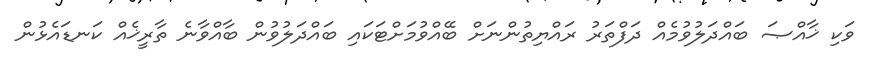
ވަކި ޚާއްޞަ ބައްދަލުވުމެއް ދަފްތަރު ރައްޔިތުންނަށް ބޭއްވުމަށްޓަކައި ބައްދަލުވުން ބާއްވާނެ ތާރީޚެއް ކަނޑައެޅުން